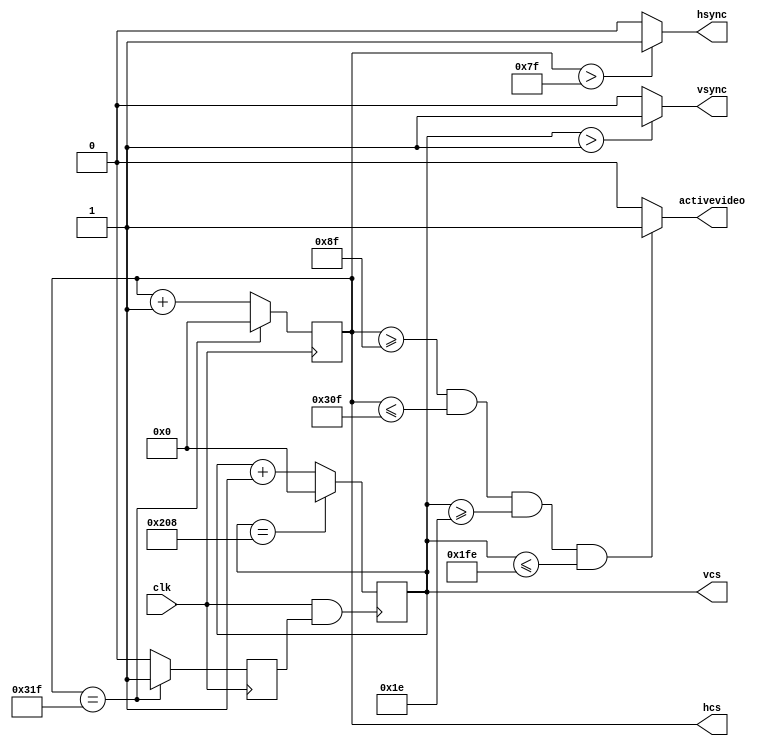
`timescale 1ns / 1ps
//////////////////////////////////////////////////////////////////////////////////
// Company: 
// Engineer: 
// 
// Design Name: 
// Module Name: vga
// Project Name: 
// Target Devices: 
// Tool Versions: 
// Description: 
// 
// Dependencies: 
// 
// Revision:
// Revision 0.01 - File Created
// Additional Comments:
// 
//////////////////////////////////////////////////////////////////////////////////


module vga(
input clk,  
output wire hsync, 
output wire vsync, 
output reg [9:0] hcs=0, 
output reg [9:0] vcs=0, 
output wire activevideo 
    );

  
 
 reg  vcsenable;
 
 localparam hpixels = 800;
 localparam vpixels = 521;
 
assign hsync = ( hcs >127) ? 1:0;
assign vsync = ( vcs >1  ) ? 1:0;
assign activevideo =((hcs>=143) &&(hcs<=783) && (vcs >=30) && (vcs <=510)) ? 1:0;
 always@(posedge clk)
 begin
 if(hcs == hpixels-1 ) begin
 hcs <=0;
 vcsenable =1; end
 else begin
 hcs <= hcs +1;
 vcsenable =0; end
 end
 
 always@(posedge clk && vcsenable ==1)
 begin
 if(vcs == vpixels-1)
   vcs <=0;
 else 
 vcs <= vcs + 1; 
 end
 
 //clk_devider d1(clk,)
//barhight barhight(.hcs(hcs),.vcs(vcs),.hight(hight));

endmodule